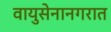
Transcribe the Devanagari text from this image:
वायुसेनानगरात